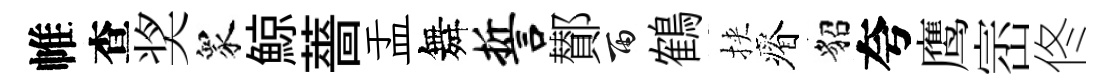
帷查奖衆鯨薔盂舞誓鄼雨鶴挾瘠貂夸鹰崈佟